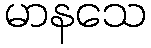
မာနသေ